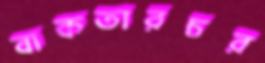
বাকতারচর